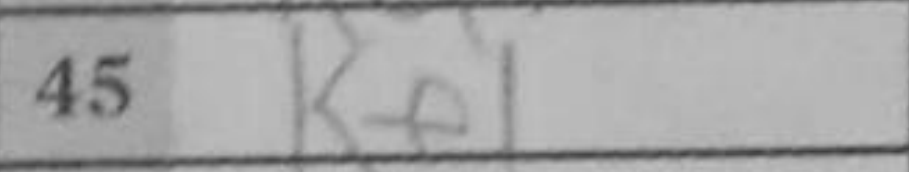
Transcription: Ke1